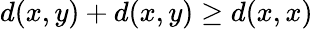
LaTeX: d(x,y)+d(x,y)\geq d(x,x)